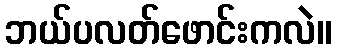
ဘယ်ပလတ်ဖောင်းကလဲ။